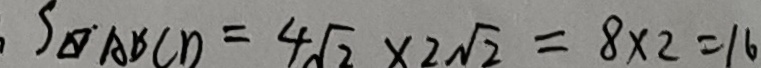
S _ { \square A B C D } = 4 \sqrt { 2 } \times 2 \sqrt { 2 } = 8 \times 2 = 1 6